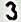
3